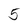
Character: 5